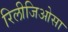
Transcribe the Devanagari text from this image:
रिलीजिओसा